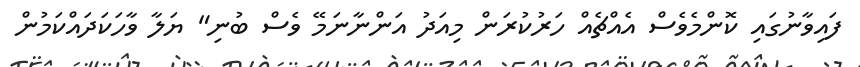
ފައިވާނުގައި ކޮންމެވެސް އެއްޗެއް ހަރުކުރަން މިއަދު އަންނާނަމޭ ވެސް ބުނި" ޔަލާ ވާހަކަދައްކަމުން